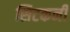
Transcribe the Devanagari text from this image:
सिटकनी